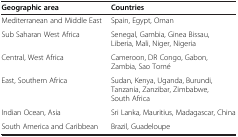
<table><thead><tr><td><b>Geographic area</b></td><td><b>Countries</b></td></tr></thead><tbody><tr><td>Mediterranean and Middle East</td><td>Spain, Egypt, Oman</td></tr><tr><td>Sub Saharan West Africa</td><td>Senegal, Gambia, Ginea Bissau, Liberia, Mali, Niger, Nigeria</td></tr><tr><td>Central, West Africa</td><td>Cameroon, DR Congo, Gabon, Zambia, Sao Tomé</td></tr><tr><td>East, Southern Africa</td><td>Sudan, Kenya, Uganda, Burundi, Tanzania, Zanzibar, Zimbabwe, South Africa</td></tr><tr><td>Indian Ocean, Asia</td><td>Sri Lanka, Mauritius, Madagascar, China</td></tr><tr><td>South America and Caribbean</td><td>Brazil, Guadeloupe</td></tr></tbody></table>